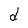
Character: d